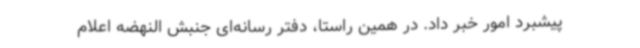
پیشبرد امور خبر داد. در همین راستا، دفتر رسانه‌ای جنبش النهضه اعلام